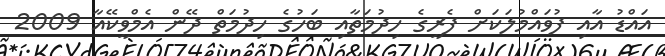
އައްޑު އާއި ފުވައްމުލަކަށް ފެރީގެ ހިދުމަތާއި ބަހުގެ ހިދުމަތް ދޭން އެމްވީކޭއާ 2009